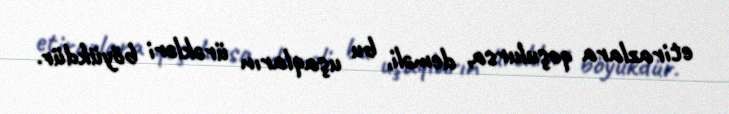
etirazlara qoşulursa, deməli, bu uşaqların ürəkləri böyükdür.